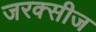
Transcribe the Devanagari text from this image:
जरक्सीज